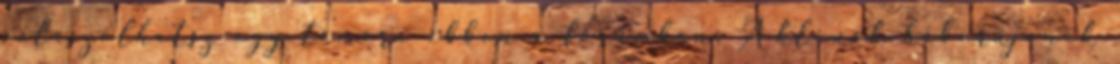
válaszolhatsz egy témára ebben a fórumban. A klónok háborújának